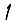
Digit: 1